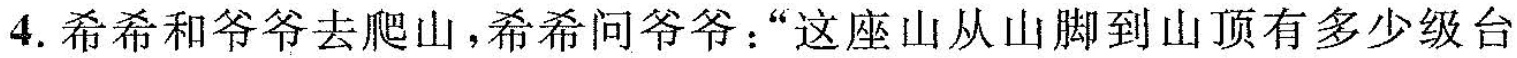
4.希希和爷爷去爬山，希希问爷爷：”这座山从山脚到山顶有多少级台